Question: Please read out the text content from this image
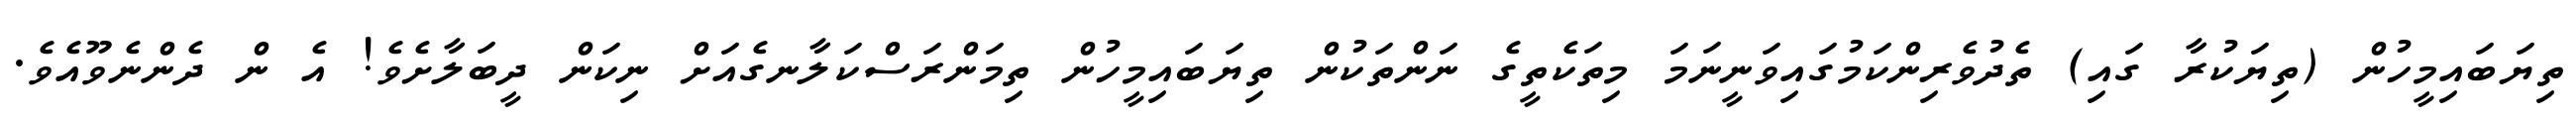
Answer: ތިޔަބައިމީހުން (ތިޔަކުރާ ގައި) ތެދުވެރިންކަމުގައިވަނީނަމަ މިތަކެތީގެ ނަންތަކުން ތިޔަބައިމީހުން ތިމަންރަސްކަލާނގެއަށް ނިކަން ދީބަލާށެވެ! އެ ން ދެންނެވޫއެވެ.